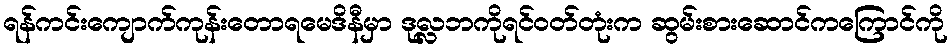
ရန်ကင်းကျောက်ကုန်းတောရမေဒိနီမှာ ဒုလ္လဘကိုရင်ဝတ်တုံးက ဆွမ်းစားဆောင်ကကြောင်ကို